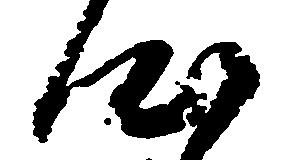
心